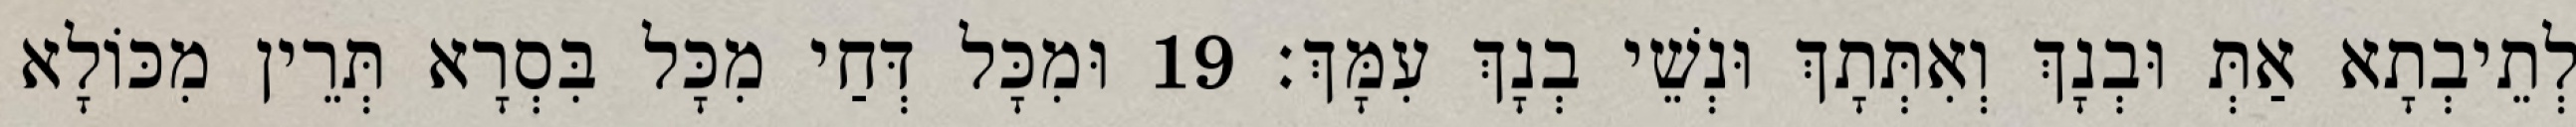
לְתֵיבְתָא אַתְּ וּבְנָךְ וְאִתְּתָךְ וּנְשֵׁי בְנָךְ עִמָּךְ׃ 19 וּמִכָּל דְּחַי מִכָּל בִּסְרָא תְּרֵין מִכּוֹלָא